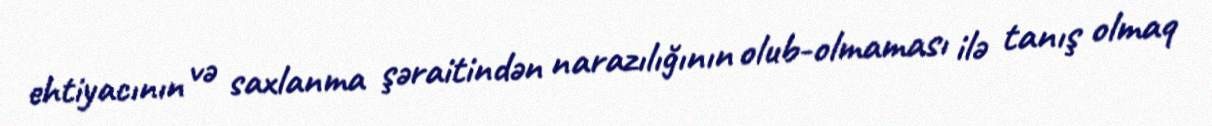
ehtiyacının və saxlanma şəraitindən narazılığının olub-olmaması ilə tanış olmaq